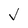
Character: V